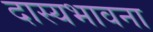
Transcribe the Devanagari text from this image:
दास्यभावना